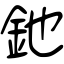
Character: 釶